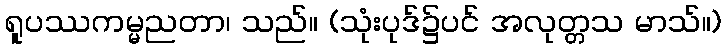
ရူပဿကမ္မညတာ၊ သည်။ (သုံးပုဒ်၌ပင် အလုတ္တသ မာသ်။)